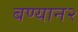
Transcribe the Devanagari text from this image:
बण्यान२